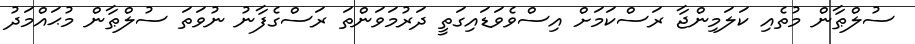
ސުލްޠާން މުތެއި ކަލަމިންޖާ ރަސްކަމަށް އިސްވެވަޑައިގަތީ ދަރުމަވަންތަ ރަސްގެފާނު ނުވަތަ ސުލްޠާން މުޙައްމަދު